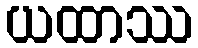
ယထာဿ